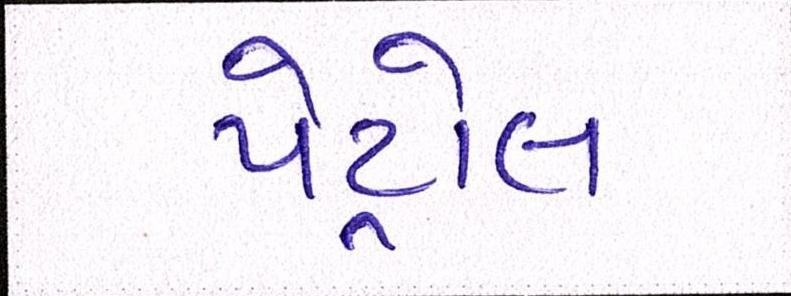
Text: પેટ્રોલ